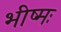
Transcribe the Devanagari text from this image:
भीष्मः